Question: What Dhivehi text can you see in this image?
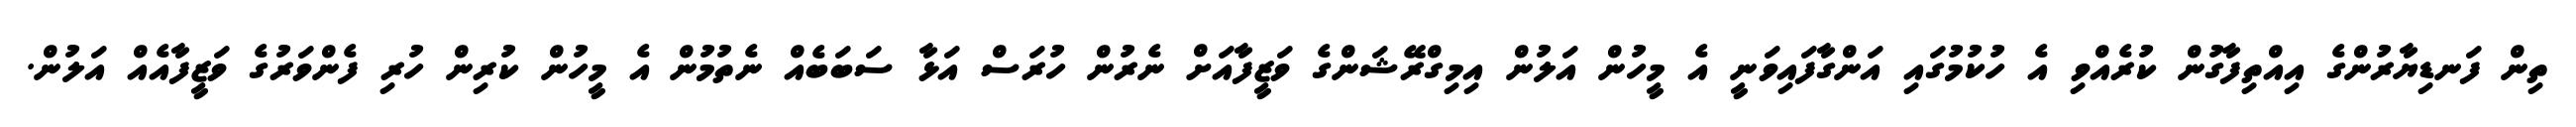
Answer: ތިން ފަނޑިޔާރުންގެ އިއްތިފާގުން ކުރެއްވި އެ ހުކުމުގައި އަންގާފައިވަނީ އެ މީހުން އަލުން އިމިގްރޭޝަންގެ ވަޒީފާއަށް ނެރުން ހުރަސް އަޅާ ސަބަބެއް ނެތުމުން އެ މީހުން ކުރިން ހުރި ފެންވަރުގެ ވަޒީފާއެއް އަލުން.